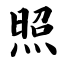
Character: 照